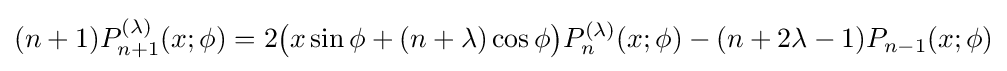
(n+1)P_{n+1}^{(\lambda )}(x;\phi )=2{\bigl (}x\sin \phi +(n+\lambda )\cos \phi {\bigr )}P_{n}^{(\lambda )}(x;\phi )-(n+2\lambda -1)P_{n-1}(x;\phi )